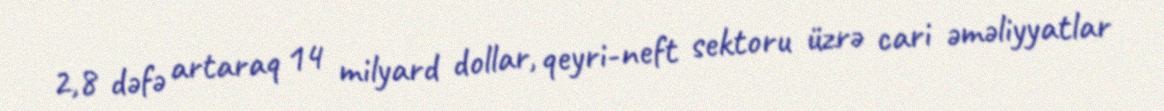
2,8 dəfə artaraq 14 milyard dollar, qeyri-neft sektoru üzrə cari əməliyyatlar